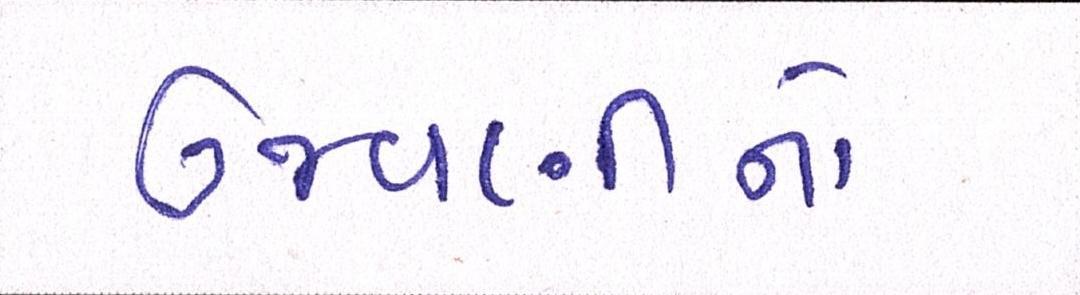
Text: ઉજવણીનો